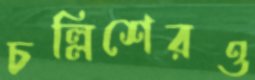
চল্লিশেরও